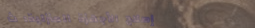
إصلاح الأجهزة المنزلية: ث